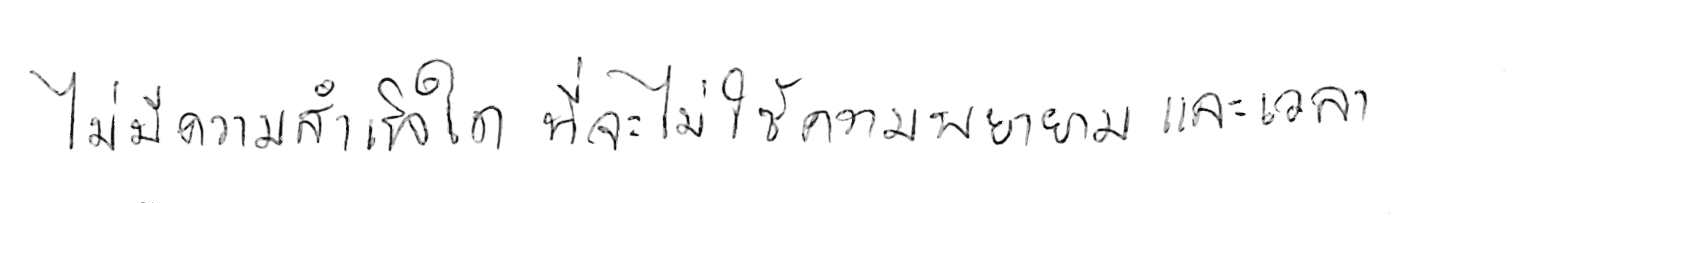
ไม่มีความสำเร็จใด ที่จะไม่ใช้ความพยายามและเวลา